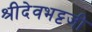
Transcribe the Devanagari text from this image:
श्रीदेवभट्टजी